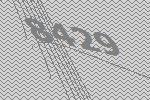
8429